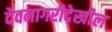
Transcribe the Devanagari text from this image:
देवनागरीदेखील